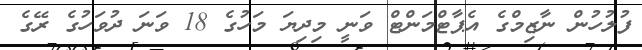
ފުލުހުން ނާޒިމްގެ އެޕާޓްމަންޓް ވަނީ މިދިޔަ މަހުގެ 18 ވަނަ ދުވަހުގެ ރޭގެ